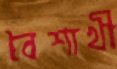
বৈশাখী